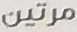
مرتين